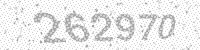
Solution: 262970